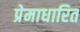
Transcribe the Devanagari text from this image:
प्रेमाधारित